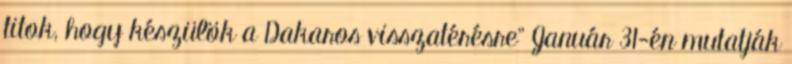
titok, hogy készülök a Dakaros visszatérésre” Január 31-én mutatják